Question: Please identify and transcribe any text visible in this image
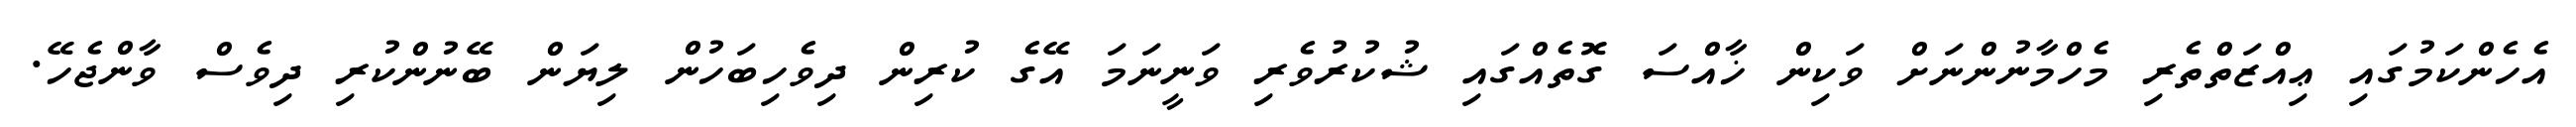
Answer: އެހެންކަމުގައި ޢިއްޒަތްތެރި މެހްމާނުންނަށް ވަކިން ޚާއްސަ ގޮތެއްގައި ޝުކުރުވެރި ވަނީނަމަ އޭގެ ކުރިން ދިވެހިބަހުން ލިޔަން ބޭނުންކުރި ދިވެސް ވާންޖެހޭ.